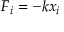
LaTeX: F _ { i } = - k x _ { i }